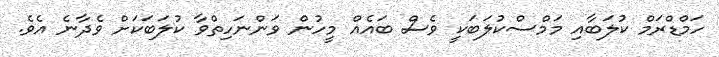
ހަމްޑްރަމް ކުލަބާއި މަމްސްކުލަބަކީ ވެސް ބައެއް މީހުން ވަންނަހިތްވާ ކުލަބަކަށް ވެދާނެ އެވެ.